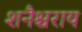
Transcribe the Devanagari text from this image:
शनैश्चराय